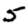
Digit: 5